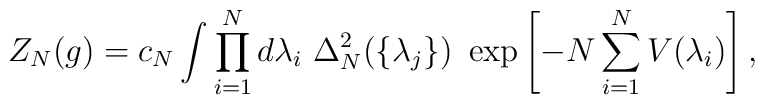
Z_N(g)=c_N \int \prod^N_{i=1} d\lambda_i \ \Delta_N^2 (\{\lambda_j\})                  \ \exp \left[-N \sum^N_{i=1} V(\lambda_i) \right],